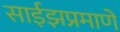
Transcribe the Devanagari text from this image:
साईझप्रमाणे